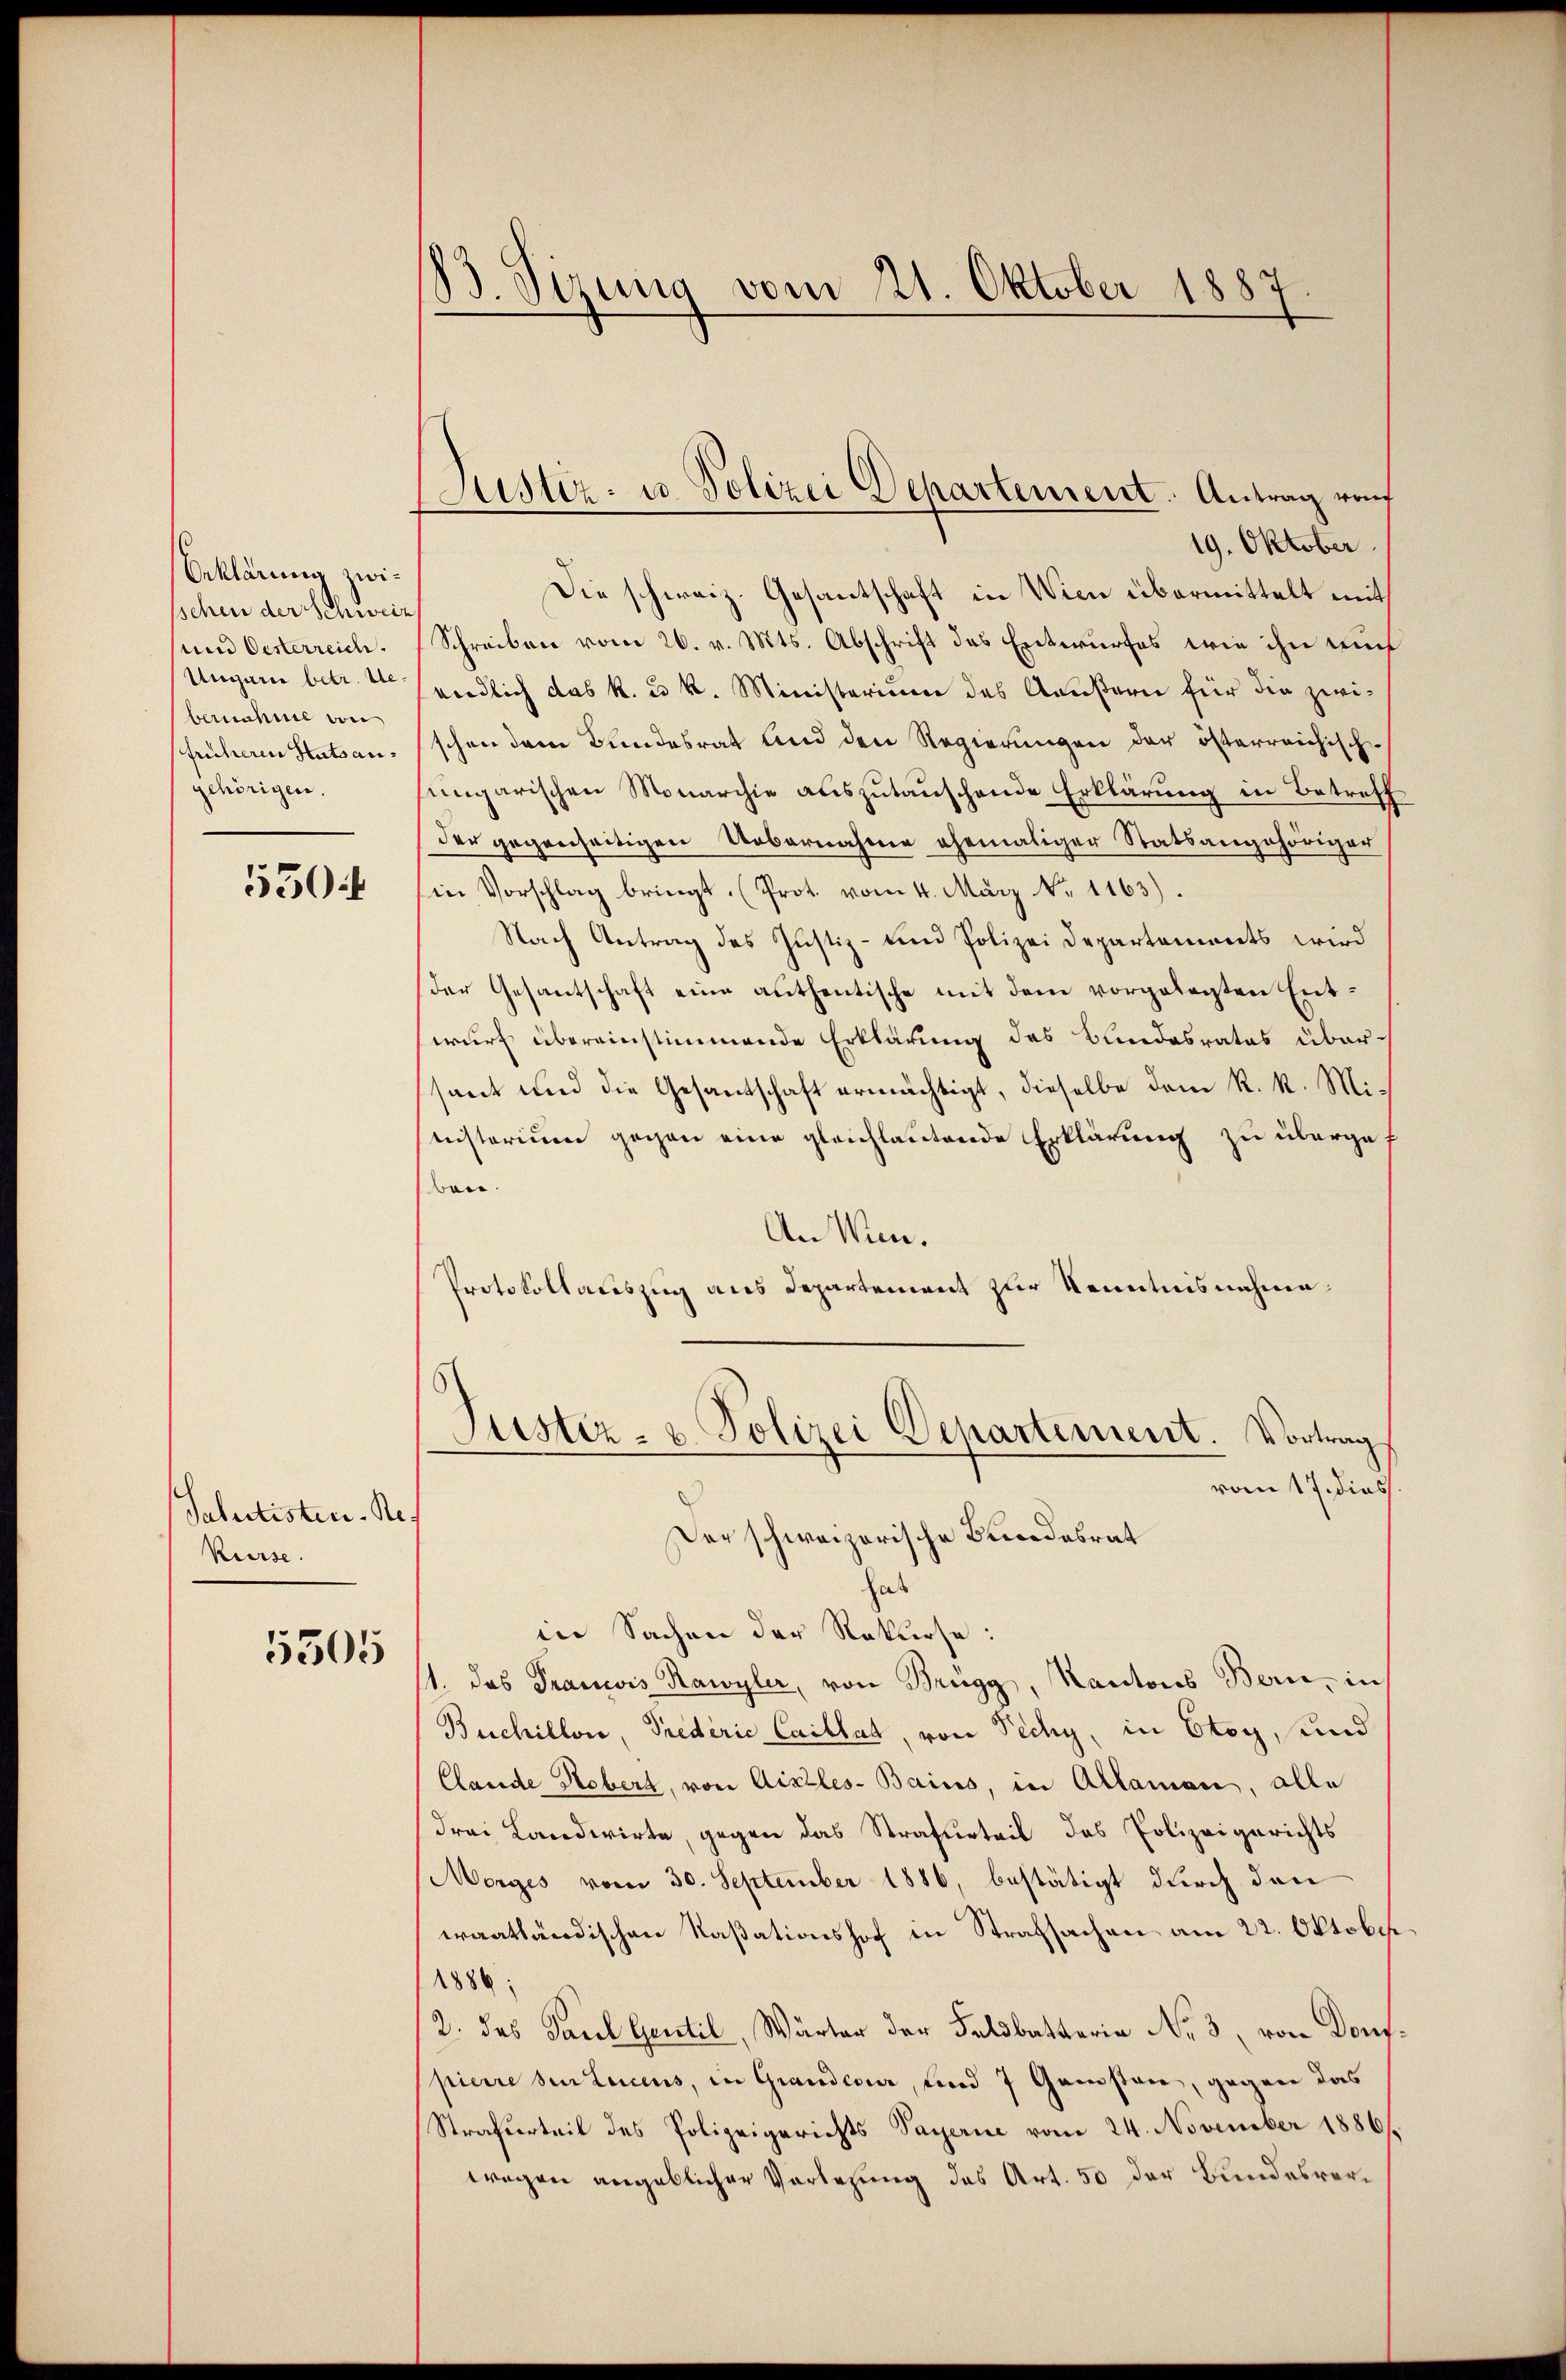
Orklärung zwissehen der Schweiz
und Oesterreich.
Ungarn betr. Uebernahme von
früheren Hutsangehörigen.

550

Salurtisten Re¬
Kurse.

5505

13. Sizung vom 21. Oktober 1887

Justiz- u. Polizei Departement. Antrag vom

19. Oktober.
Die schweiz. Gesantschaft in Wien übermittelt mit
Schreiben vom 26. v. Mts. Abschrift des Entwurfes wie ihn auf
windlich das k. u. k. Ministerium des Aeußern für die zwischen dem Bundesrat und den Regierungen der österreichischungarischen Monarchie aŭszŭtaŭschende Erklärung in Betreff
der gegenseitigen Uebernahme ehemaliger Statsangehöriger
in Vorschlag bringt. (Prot. vom 4. März No. 1163).
Nach Antrag des Justiz- und Polizei Departements wird
der Gesantschaft eine authentische mit dem vorgelegten Entwurf übereinstimmende Erklärung des Bundesrates übersant und die Gesantschaft ermächtigt, dieselbe dem R. R. Mi¬
Quistorium gegen eine gleichlautende Erklärung zu übergeen.
An Wien.
Protokollauszug aus Departement zur Kenntnisnahme
Justiz- & Polizei Departement. Vortrag
vom 17. diess.
Der schweizerische Bundesrat
has
in Sachen der Rekurse:
11. das Francis Kawyler, von Brugg, Kantons Bern, in
Buchillon, Predérić Caillat, von Pechy, in Etoy, und
Clande Robert, von Aix-les-Bains, in Allaman, alle
drei Landwirte, gegen das Strafurteil des Polizeigerichts
Morges vom 30. September 1886, bestätigt durch den
waathändischen Kaßationshof in Strafsachen am 22. Oktober.
1886:
/2. das Paul Gentil, Wärter der Feldbetterie No. 3, von Donf.
pierre den Leicens, in Grander, und 7 Gamsten, gegen das
Strafurteil des Polizeigerichts Payerne vom 24. November 1886/
wegen angeblicher Vorlesung des Art. 50 der Bundesver¬